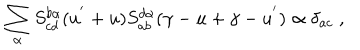
\sum _ { \alpha } S _ { c d } ^ { b \alpha } ( u ^ { ' } + u ) S _ { a b } ^ { d \alpha } ( \gamma - u + \gamma - u ^ { ' } ) \propto \delta _ { a c } \; ,